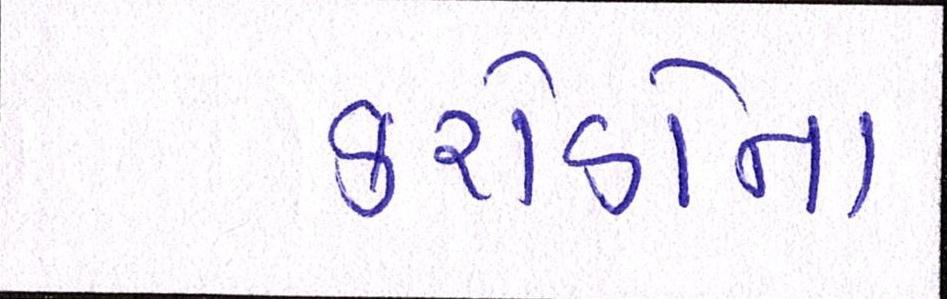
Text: કરોડોના